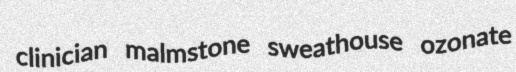
clinician malmstone sweathouse ozonate